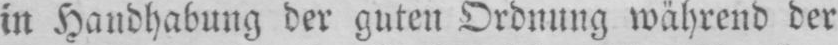
in Handhabung der guten Ordnung während der